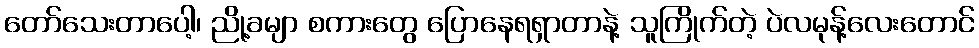
တော်သေးတာပေါ့၊ ညို့ခမျာ စကားတွေ ပြောနေရရှာတာနဲ့ သူကြိုက်တဲ့ ပဲလမုန့်လေးတောင်